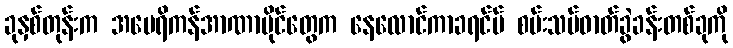
ခုနှစ်တုန်းက အမေရိကန်အာဏာပိုင်တွေက နေလောင်ကာခရင်မ် စမ်းသပ်ဓာတ်ခွဲခန်းတစ်ခုကို